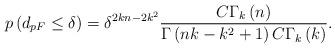
LaTeX: \begin{align*}p\left( {{d_{pF}} \leq \delta } \right) = {\delta ^{2kn - 2{k^2}}}\frac{{C{\Gamma _k}\left( n \right)}}{{\Gamma \left( {nk - {k^2} + 1} \right)C{\Gamma _k}\left( k \right)}}.\end{align*}